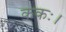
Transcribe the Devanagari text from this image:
ककः।